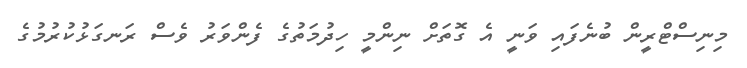
މިނިސްޓްރީން ބުނެފައި ވަނީ އެ ގޮތަށް ނިންމީ ހިދުމަތުގެ ފެންވަރު ވެސް ރަނގަޅުކުރުމުގެ